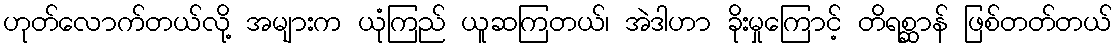
ဟုတ်လောက်တယ်လို့ အများက ယုံကြည် ယူဆကြတယ်၊ အဲဒါဟာ ခိုးမှုကြောင့် တိရစ္ဆာန် ဖြစ်တတ်တယ်